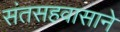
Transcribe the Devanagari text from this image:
संतसहवासाने